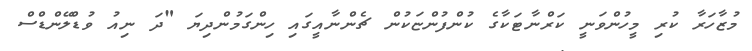
މުޒާހަރާ ކުރި މީހުންވަނީ ކަރްނާޓަކާގެ ކުންފުންޏަކުން ޗެންނާއީގައި ހިންގަމުންދިޔަ "ދަ ނިއު ވުޑްލޭންޑްސް